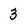
Character: 3